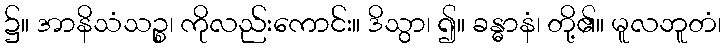
၌။ အာနိသံသဉ္စ၊ ကိုလည်းကောင်း။ ဒိသွာ၊ ၍။ ခန္ဓာနံ၊ တို့၏။ မူလဘူတံ၊